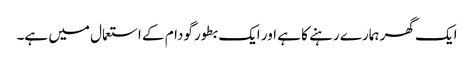
ایک گھر ہمارے رہنے کا ہے اور ایک بطور گودام کے استعمال میں ہے۔